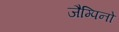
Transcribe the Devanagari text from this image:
जैम्पिनो